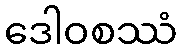
ဒေါဝစဿံ